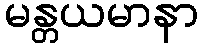
မန္တယမာနာ